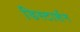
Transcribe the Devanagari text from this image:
डिस्टार्शन